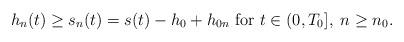
LaTeX: \begin{align*}h_n(t)\geq s_n(t)=s(t)-h_0+h_{0n} \mbox{ for } t\in (0, T_0],\; n\geq n_0.\end{align*}